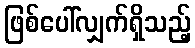
ဖြစ်ပေါ်လျှက်ရှိသည့်